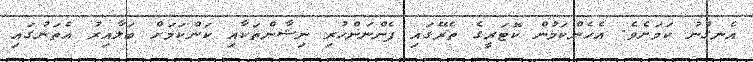
އެނގުނު ކަމަށެވެ. އެހެންކަމުން ކޮޓަރީގެ ތެރޭގައި ފެންނަންހުރި ނިޝާންތަކާއި ކަންކަމަށް ބަލާއިރު އެތަނުގައި